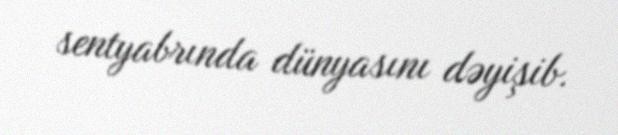
sentyabrında dünyasını dəyişib.